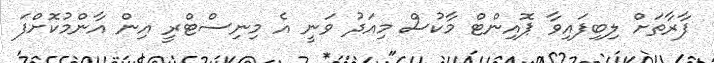
ފާރާތަށް ލިބިފައިވާ ޕޮއިންޓް މާކުސް މިއަދު ވަނީ އެ މިނިސްޓްރީ އިން އާންމުކޮށްފަ